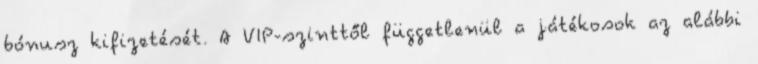
bónusz kifizetését. A VIP-szinttől függetlenül a játékosok az alábbi